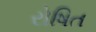
રોષિત